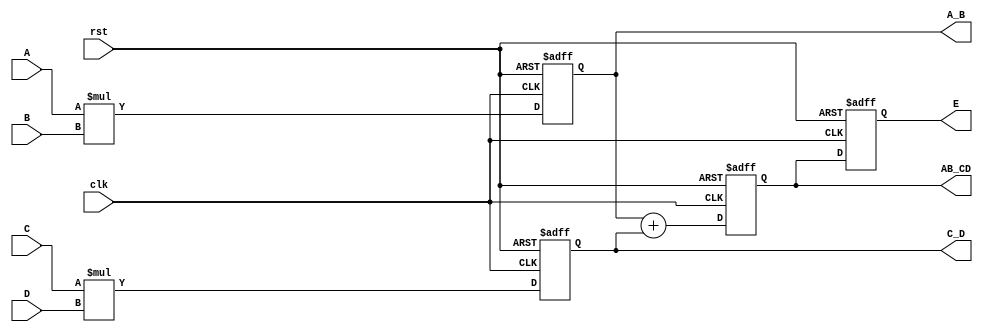
module mux4to1(
    input      clk, rst,
    input      [7:0] A,B,C,D,
    output     reg [16:0] E,
    output     reg [15:0] A_B, C_D,
    output     reg [16:0] AB_CD);

    always @(posedge clk or posedge rst) 
	begin
          		if (rst) 
	    	begin
              		A_B<= 1'b0;
              		C_D<= 1'b0;
            	end 
	  	else 
	    	begin
              		A_B<= A*B;
              		C_D<= C*D;
            	end
        	end
    always @(posedge clk or posedge rst) 
	begin
          		if (rst) 
	    		AB_CD<=1'b0;  	
		else 
	            	AB_CD<=A_B+C_D;
	end
    always @(posedge clk or posedge rst) 
	begin
          		if (rst) 
	    		E<=1'b0;  	
		else 
	            	E<=AB_CD;
	end

endmodule